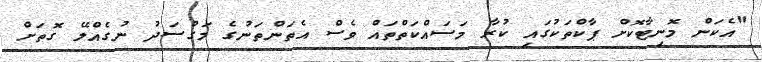
"އެކަން މޮނިޓާކޮށް ޕާކްތަކުގައި ކުރާ މަސައްކަތްތައް ވެސް އެތަންތަނުގެ މަގުސަދު ނުގެއްލޭ ގޮތަށް